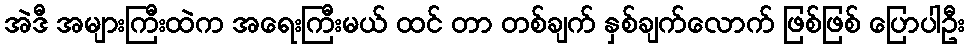
အဲဒီ အများကြီးထဲက အရေးကြီးမယ် ထင် တာ တစ်ချက် နှစ်ချက်လောက် ဖြစ်ဖြစ် ပြောပါဦး